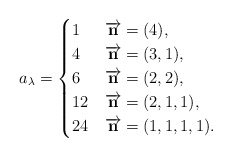
\begin{align*}a_\lambda=\begin{cases}1 & \overrightarrow{\mathbf{n}}=(4),\\4 & \overrightarrow{\mathbf{n}}=(3,1),\\6 & \overrightarrow{\mathbf{n}}=(2,2),\\12 & \overrightarrow{\mathbf{n}}=(2,1,1),\\24 & \overrightarrow{\mathbf{n}}=(1,1,1,1).\end{cases}\end{align*}